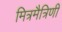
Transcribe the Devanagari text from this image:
मित्रमैत्रिणी